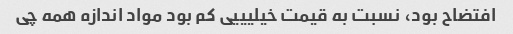
افتضاح بود، نسبت به قیمت خیلیییی کم بود مواد اندازه همه چی